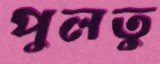
পুলতু